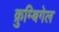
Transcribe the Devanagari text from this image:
क्रुम्बिगेल